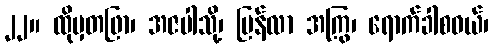
၂၂။ ထိုမှတဖြာ၊ အဇပါသို့၊ ပြန်လာ အကြွ၊ ရောက်ခါစဝယ်၊